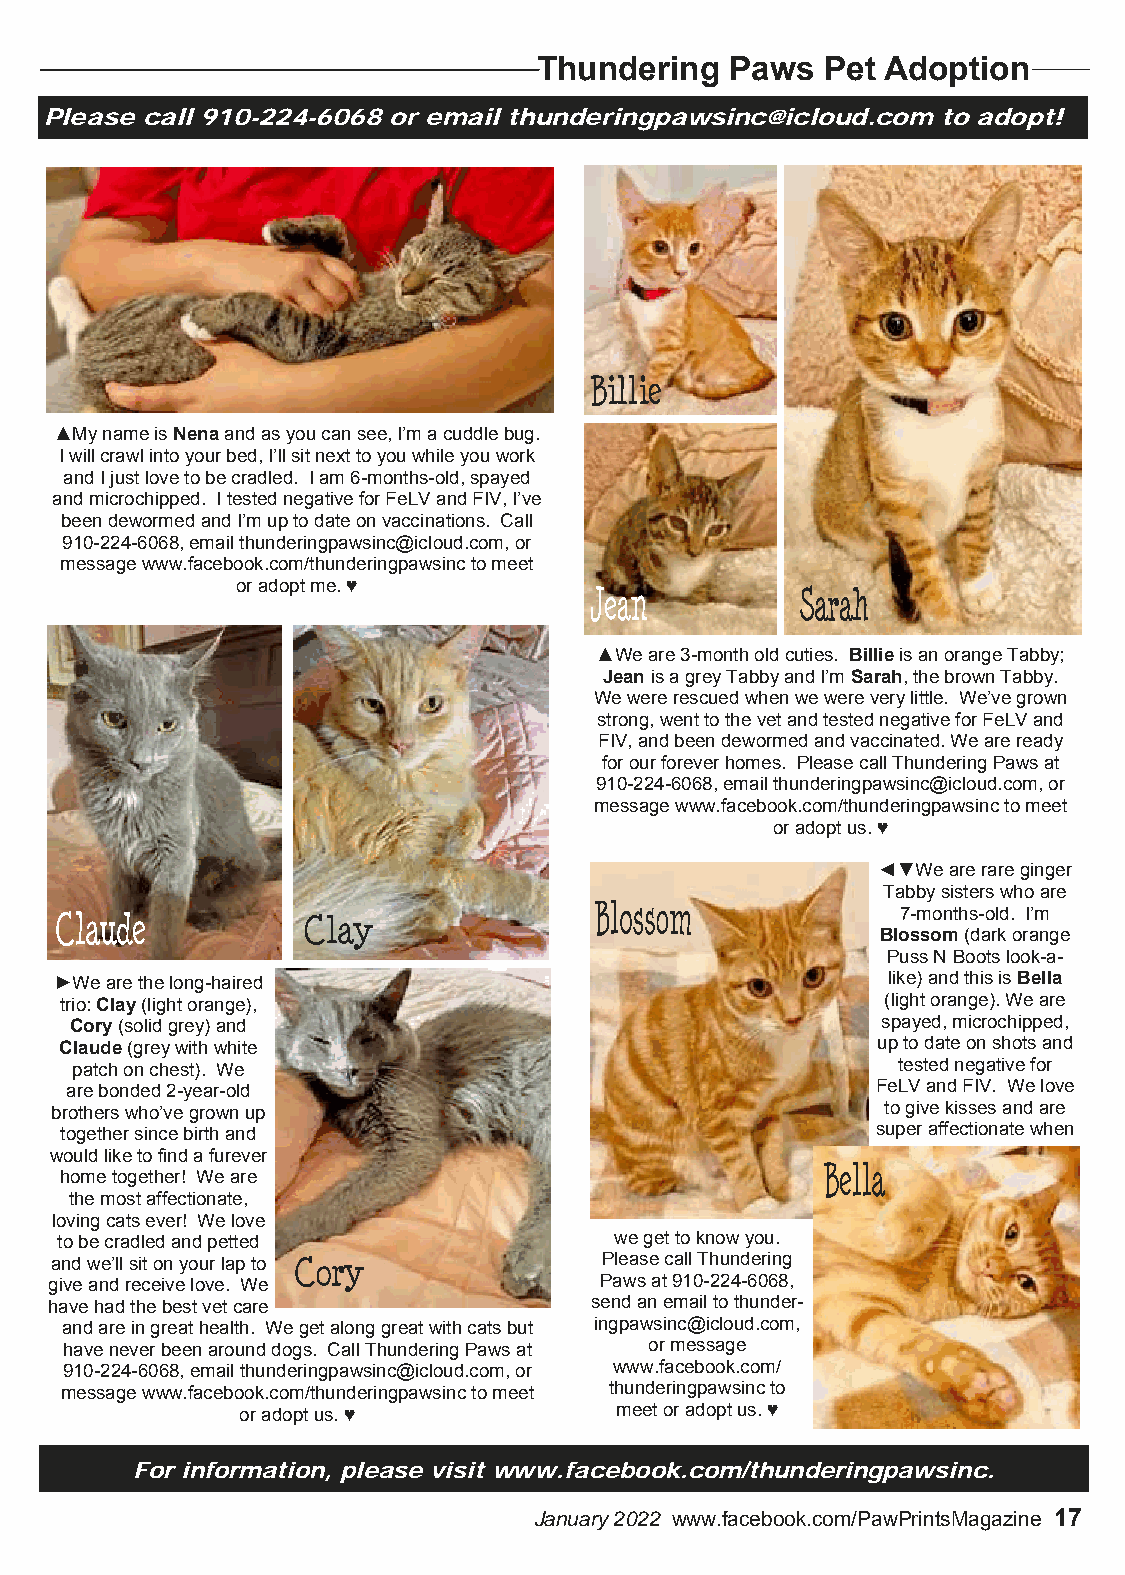
Thundering  Paws   Pet Adoption
 Please call 910-224-6068 or email thunderingpawsinc@icloud.com to adopt!
 ▲My name is Nena and as you can see, I’m a cuddle bug.
 I will crawl into your bed, I’ll sit next to you while you work
 and I just love to be cradled. I am 6-months-old, spayed
 and microchipped. I tested negative for FeLV and FIV, I’ve
 been dewormed and I’m up to date on vaccinations. Call
 910-224-6068, email thunderingpawsinc@icloud.com, or
 message www.facebook.com/thunderingpawsinc to meet
 or adopt me. ♥
 ▲We are 3-month old cuties. Billie is an orange Tabby;
 Jean is a grey Tabby and I’m Sarah, the brown Tabby.
 We were rescued when we were very little. We’ve grown
 strong, went to the vet and tested negative for FeLV and
 FIV, and been dewormed and vaccinated. We are ready
 for our forever homes. Please call Thundering Paws at
 910-224-6068, email thunderingpawsinc@icloud.com, or
 message www.facebook.com/thunderingpawsinc to meet
 or adopt us. ♥
 ◄▼We are rare ginger
 Tabby sisters who are
 7-months-old. I’m
 Blossom (dark orange
 Puss N Boots look-a-
 ►We are the long-haired                                like) and this is Bella
 trio: Clay (light orange),                             (light orange). We are
 Cory (solid grey) and                                spayed, microchipped,
 Claude (grey with white                               up to date on shots and
 patch on chest). We                                   tested negative for
 are bonded 2-year-old                                 FeLV and FIV. We love
 brothers who’ve grown up                                to give kisses and are
 together since birth and                              super affectionate when
 would like to find a furever
 home together! We are
 the most affectionate,
 loving cats ever! We love
 to be cradled and petted             we get to know you.
 and we’ll sit on your lap to         Please call Thundering
 give and receive love. We            Paws at 910-224-6068,
 have had the best vet care          send an email to thunder-
 and are in great health. We get along great with cats but ingpawsinc@icloud.com,
 have never been around dogs. Call Thundering Paws at or message
 910-224-6068, email thunderingpawsinc@icloud.com, or www.facebook.com/
 message www.facebook.com/thunderingpawsinc to meet thunderingpawsinc to
 or adopt us. ♥           meet or adopt us. ♥
 For information, please visit www.facebook.com/thunderingpawsinc.
 January 2022 www.facebook.com/PawPrintsMagazine 17